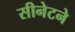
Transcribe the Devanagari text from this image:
सीनेटने